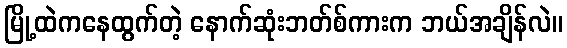
မြို့ထဲကနေထွက်တဲ့ နောက်ဆုံးဘတ်စ်ကားက ဘယ်အချိန်လဲ။